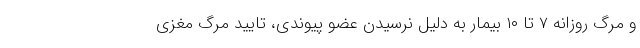
و مرگ روزانه ۷ تا ۱۰ بیمار به دلیل نرسیدن عضو پیوندی، تایید مرگ مغزی